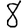
Digit: 8